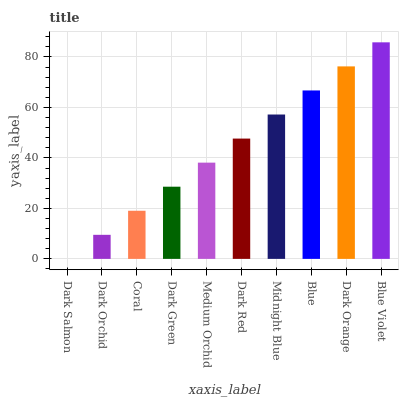
| xaxis_label | bars |
 | --- | --- |
 | Dark Salmon | 0 |
 | Dark Orchid | 9.53 |
 | Coral | 19.1 |
 | Dark Green | 28.6 |
 | Medium Orchid | 38.1 |
 | Dark Red | 47.7 |
 | Midnight Blue | 57.2 |
 | Blue | 66.7 |
 | Dark Orange | 76.3 |
 | Blue Violet | 85.8 |